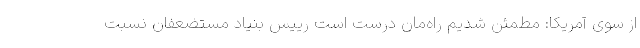
از سوی آمریکا: مطمئن شدیم راه‌مان درست است رییس بنیاد مستضعفان نسبت